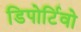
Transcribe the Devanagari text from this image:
डिपोर्टिवो